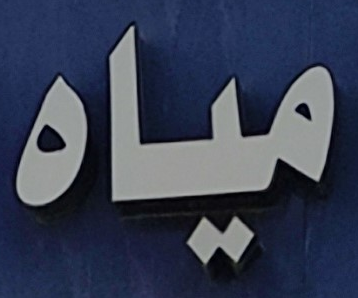
مياه